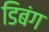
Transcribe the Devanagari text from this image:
डिबंग